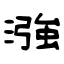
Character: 漒